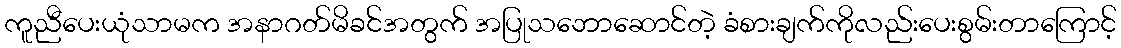
ကူညီပေးယုံသာမက အနာဂတ်မိခင်အတွက် အပြုသဘောဆောင်တဲ့ ခံစားချက်ကိုလည်းပေးစွမ်းတာကြောင့်